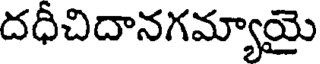
దధీచిదానగమ్యాయై